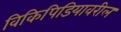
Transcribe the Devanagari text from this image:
विकिपिडियावरील